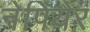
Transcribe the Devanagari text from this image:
नेपियेर